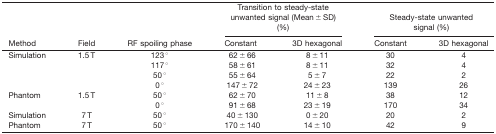
<table><thead><tr><td></td><td></td><td></td><td colspan="2"><b>Transition to steady‐state unwanted signal (Mean ± SD) (%)</b></td><td colspan="2"><b>Steady‐state unwanted signal (%)</b></td></tr><tr><td><b>Method</b></td><td><b>Field</b></td><td><b>RF spoiling phase</b></td><td><b>Constant</b></td><td><b>3D hexagonal</b></td><td><b>Constant</b></td><td><b>3D hexagonal</b></td></tr></thead><tbody><tr><td rowspan="4">S imulation</td><td rowspan="4">1.5 T</td><td>123 °</td><td>62 ± 66</td><td>8 ± 11</td><td>30</td><td>4</td></tr><tr><td>117 °</td><td>58 ± 61</td><td>8 ± 11</td><td>32</td><td>4</td></tr><tr><td>50 °</td><td>55 ± 64</td><td>5 ± 7</td><td>22</td><td>2</td></tr><tr><td>0 °</td><td>147 ± 72</td><td>24 ± 23</td><td>139</td><td>26</td></tr><tr><td rowspan="2">Phantom</td><td rowspan="2">1.5 T</td><td>50 °</td><td>62 ± 70</td><td>11 ± 8</td><td>38</td><td>12</td></tr><tr><td>0 °</td><td>91 ± 68</td><td>23 ± 19</td><td>170</td><td>34</td></tr><tr><td>Simulation</td><td>7 T</td><td>50 °</td><td>40 ± 130</td><td>0 ± 20</td><td>20</td><td>2</td></tr><tr><td>Phantom</td><td>7 T</td><td>50 °</td><td>170 ± 140</td><td>14 ± 10</td><td>42</td><td>9</td></tr></tbody></table>